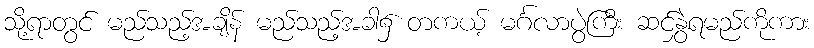
သို့ရာတွင် မည်သည့်အချိန် မည်သည့်အခါ၌ တကယ့် မင်္ဂလာပွဲကြီး ဆင်နွှဲရမည်ကိုကား